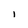
Character: i